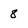
Character: 8